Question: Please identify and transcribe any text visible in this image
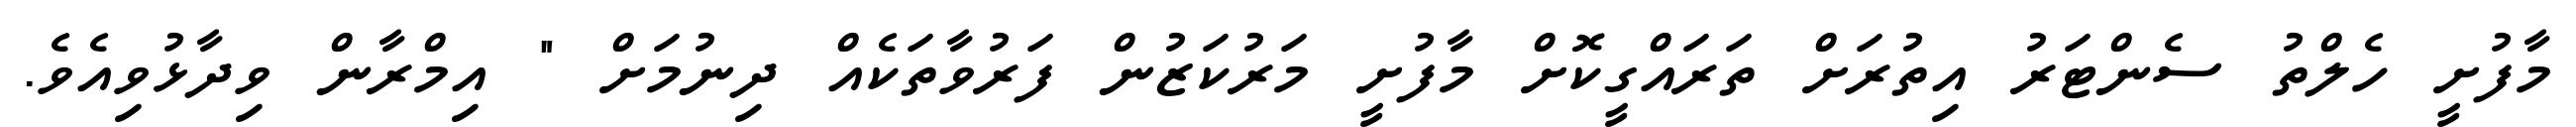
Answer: މާފުށީ ހެލްތު ސެންޓަރު އިތުރަށް ތަރައްގީކޮށް މާފުށީ މަރުކަޒުން ފަރުވާތަކެއް ދިނުމަށް " އިމްރާން ވިދާޅުވިއެވެ.